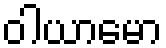
ဝါယာမော